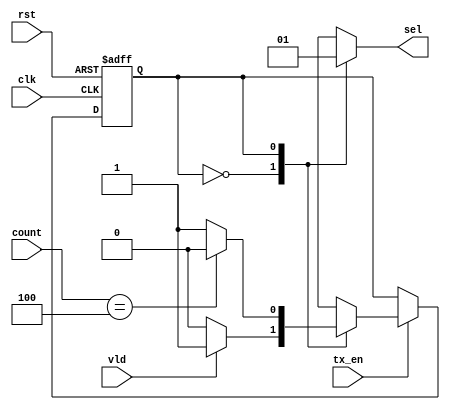
module Sel_FSM (
    input wire       clk,
    input wire       rst,
    input wire       vld,
    input wire       tx_en,
    input wire [2:0] count,
    output reg       sel
);


localparam IDLE_state = 1'b0, 
           RRES_state = 1'b1;

reg  current_state, next_state;

always @(posedge clk or negedge rst)
  begin
   if (!rst)
     begin 
       current_state <= IDLE_state;
     end
   else if (tx_en)
     begin
      current_state <= next_state;
     end
    else 
     begin
      current_state <= current_state;
     end
end


// next state logic


always @(*)
 begin
    case (current_state)
    IDLE_state: begin
     if (vld == 0)
     begin
     next_state = IDLE_state;
     end
     else begin
      next_state = RRES_state;
     end  
    end
    
    RRES_state: begin
        if (count == 3'd4)
        begin
              next_state = IDLE_state;  
        end
        else begin
            next_state = RRES_state;
        end
    end
    default: next_state = IDLE_state; 
    endcase

end


always @(*) begin
    case (current_state)
        IDLE_state: sel = 1'b0;
        RRES_state: sel = 1'b1;
        default: sel = 1'b0;
    endcase
    
end
endmodule